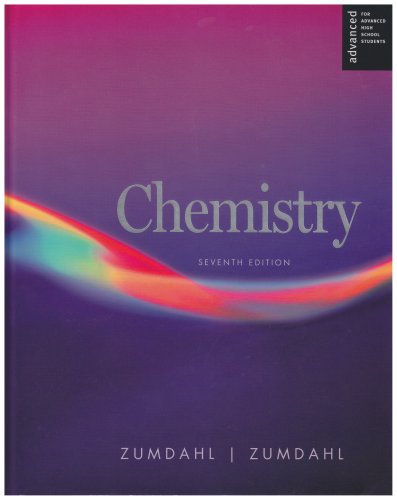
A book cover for Chemistry Advanced Placement Seventh Edition; Zumdahl; Teen & Young Adult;